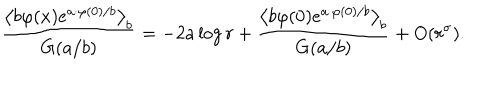
\frac { \left\langle b \varphi ( x ) e ^ { a \cdot \varphi ( 0 ) / b } \right\rangle _ { b } } { G ( a / b ) } = - 2 a \log r + \frac { \left\langle b \varphi ( 0 ) e ^ { a \cdot \varphi ( 0 ) / b } \right\rangle _ { b } } { G ( a / b ) } + O ( r ^ { \sigma } ) .